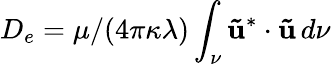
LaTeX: D_{e}=\mu/(4\pi\kappa\lambda)\int_{\nu}\mathbf{\tilde{u}}^{*}\cdot\mathbf{\tilde{u}}\, d\nu